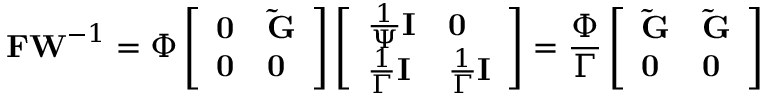
\mathbf { F W } ^ { - 1 } = \Phi \left[ \begin{array} { l l } { \mathbf { 0 } } & { \mathbf { \tilde { G } } } \\ { \mathbf { 0 } } & { \mathbf { 0 } } \end{array} \right] \left[ \begin{array} { l l } { \frac { 1 } { \Psi } \mathbf { I } } & { \mathbf { 0 } } \\ { \frac { 1 } { \Gamma } \mathbf { I } } & { \frac { 1 } { \Gamma } \mathbf { I } } \end{array} \right] = \frac { \Phi } { \Gamma } \left[ \begin{array} { l l } { \mathbf { \tilde { G } } } & { \mathbf { \tilde { G } } } \\ { \mathbf { 0 } } & { \mathbf { 0 } } \end{array} \right]